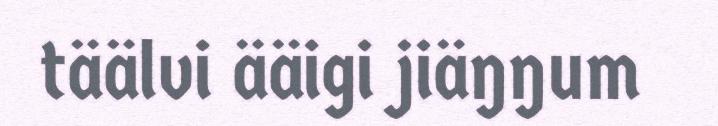
täälvi ääigi jiäŋŋum